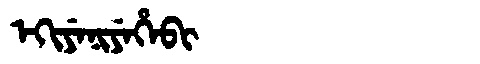
Manchu: ᡝᡴᡳᠶᡝᠨᡳᠶᡝᡥᡝᠪᡳ
Romanization: EKIYENIYEHEBI